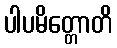
ပါပမိတ္တောတိ